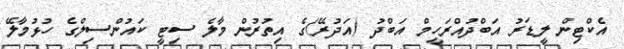
އެކްޓިން ލީޑަރު އަބްދުއްރަހީމް އަބްދު (އަދުރޭ)ގެ އިތުރުން މާލެ ސިޓީ ކައުންސިލްގެ ހުޅުމާލޭ